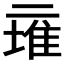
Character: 𱎕